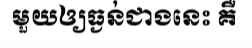
មួយឲ្យធ្ងន់ជាងនេះ គឺ